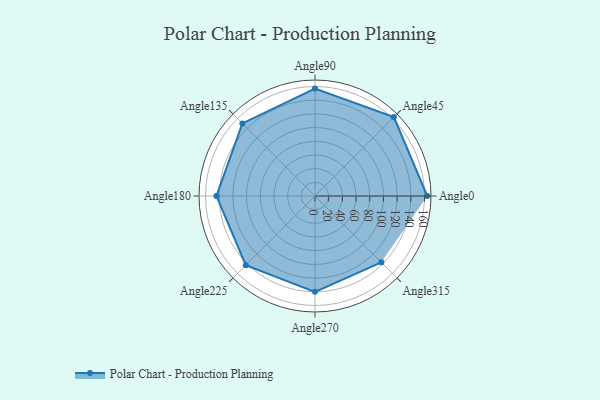
{"axis": {"x": "Angle", "y": "Radius"}, "legend": [""], "data": [{"x": "Angle0", "y": 164.0, "type": ""}, {"x": "Angle45", "y": 163.0, "type": ""}, {"x": "Angle90", "y": 157.0, "type": ""}, {"x": "Angle135", "y": 150.0, "type": ""}, {"x": "Angle180", "y": 144.0, "type": ""}, {"x": "Angle225", "y": 143.0, "type": ""}, {"x": "Angle270", "y": 140.0, "type": ""}, {"x": "Angle315", "y": 137.0, "type": ""}]}